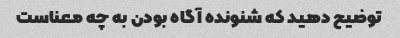
توضیح دهید که شنونده آگاه بودن به چه معناست